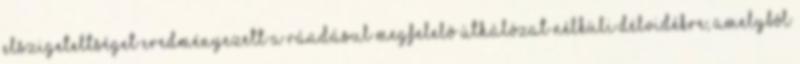
elszigeteltséget eredményezett a ráadásul megfelelô úthálózat nélküli délvidékre, amelybôl